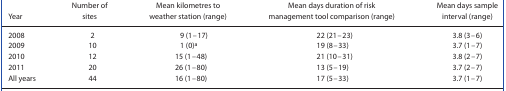
| Year | Number of sites | Mean kilometres to weather station (range) | Mean days duration of risk management tool comparison (range) | Mean days sample interval (range) |
 | --- | --- | --- | --- | --- |
 | 2008 | 2 | 9 (1–17) | 22 (21–23) | 3.8 (3–6) |
 | 2009 | 10 | 1 (0)a | 19 (8–33) | 3.7 (1–7) |
 | 2010 | 12 | 15 (1–48) | 21 (10–31) | 3.8 (2–7) |
 | 2011 | 20 | 26 (1–80) | 13 (5–19) | 3.7 (2–7) |
 | All years | 44 | 16 (1–80) | 17 (5–33) | 3.7 (1–7) |